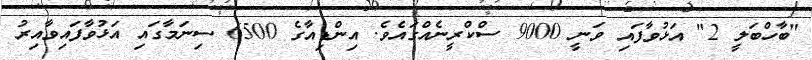
"ބާހްބަލީ 2" އަޅުވާފައި ވަނީ 9000 ސްކްރީނެއްގައެވެ. އިންޑިއާގެ 6500 ސިނަމާގައި އަޅުވާފައިވާއިރު